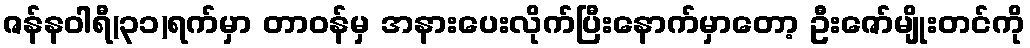
ဇန်နဝါရီ(၃၁)ရက်မှာ တာဝန်မှ အနားပေးလိုက်ပြီးနောက်မှာတော့ ဦးဇော်မျိုးတင်ကို